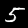
Digit: 5